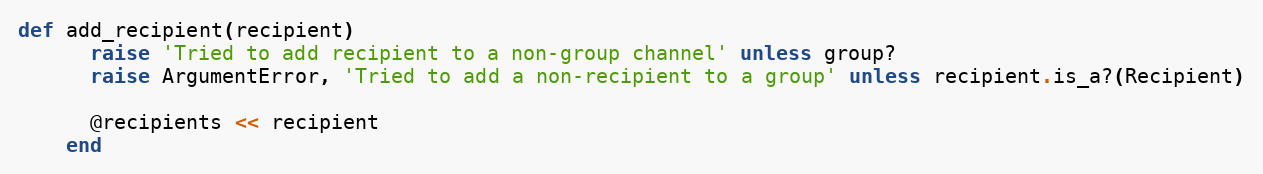
Language: Ruby
def add_recipient(recipient)
      raise 'Tried to add recipient to a non-group channel' unless group?
      raise ArgumentError, 'Tried to add a non-recipient to a group' unless recipient.is_a?(Recipient)

      @recipients << recipient
    end